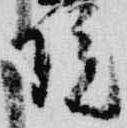
院